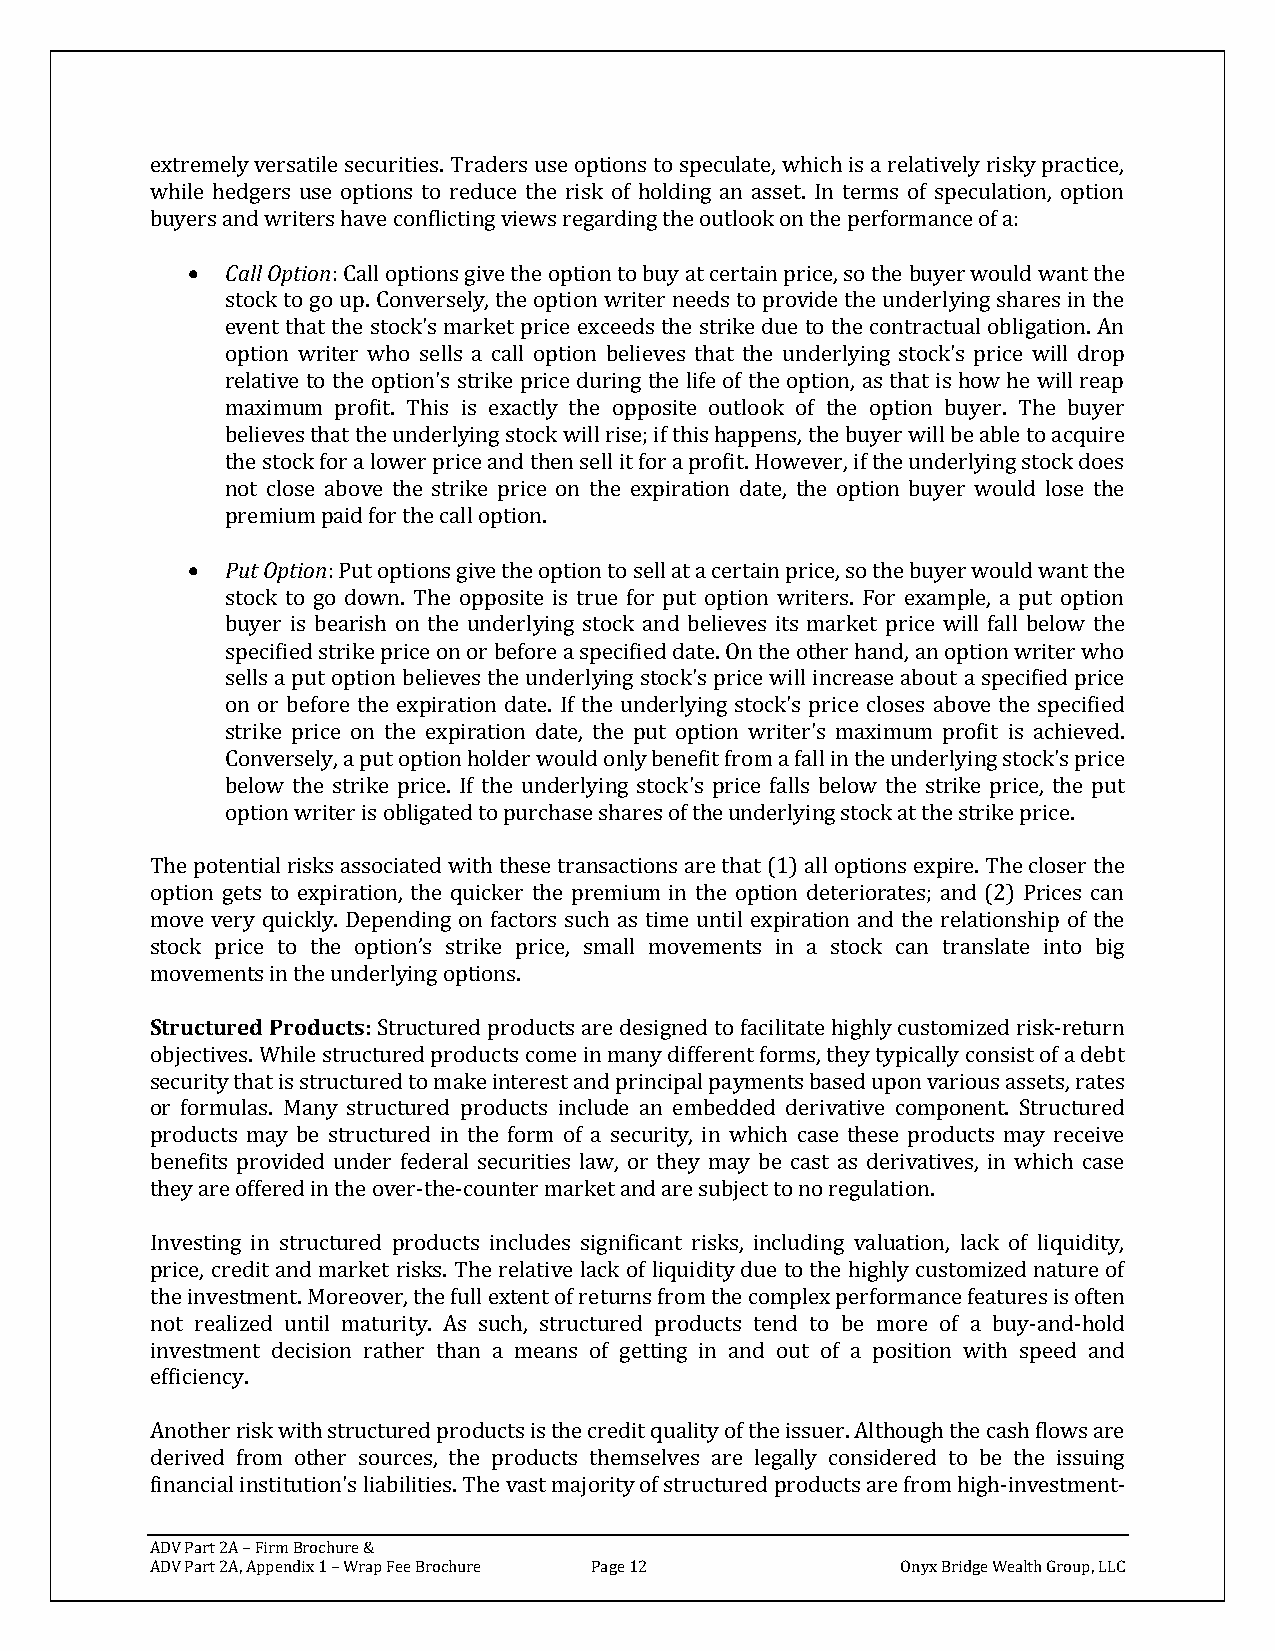
extremely versatile securities. Traders use options to speculate, which is a relatively risky practice,
 while hedgers use options to reduce the risk of holding an asset. In terms of speculation, option
 buyers and writers have conflicting views regarding the outlook on the performance of a:
 •  Call Option: Call options give the option to buy at certain price, so the buyer would want the
 stock to go up. Conversely, the option writer needs to provide the underlying shares in the
 event that the stock's market price exceeds the strike due to the contractual obligation. An
 option writer who sells a call option believes that the underlying stock's price will drop
 relative to the option's strike price during the life of the option, as that is how he will reap
 maximum profit. This is exactly the opposite outlook of the option buyer. The buyer
 believes that the underlying stock will rise; if this happens, the buyer will be able to acquire
 the stock for a lower price and then sell it for a profit. However, if the underlying stock does
 not close above the strike price on the expiration date, the option buyer would lose the
 premium paid for the call option.
 •  Put Option: Put options give the option to sell at a certain price, so the buyer would want the
 stock to go down. The opposite is true for put option writers. For example, a put option
 buyer is bearish on the underlying stock and believes its market price will fall below the
 specified strike price on or before a specified date. On the other hand, an option writer who
 sells a put option believes the underlying stock's price will increase about a specified price
 on or before the expiration date. If the underlying stock's price closes above the specified
 strike price on the expiration date, the put option writer's maximum profit is achieved.
 Conversely, a put option holder would only benefit from a fall in the underlying stock's price
 below the strike price. If the underlying stock's price falls below the strike price, the put
 option writer is obligated to purchase shares of the underlying stock at the strike price.
 The potential risks associated with these transactions are that (1) all options expire. The closer the
 option gets to expiration, the quicker the premium in the option deteriorates; and (2) Prices can
 move very quickly. Depending on factors such as time until expiration and the relationship of the
 stock price to the option’s strike price, small movements in a stock can translate into big
 movements in the underlying options.
 Structured Products: Structured products are designed to facilitate highly customized risk-return
 objectives. While structured products come in many different forms, they typically consist of a debt
 security that is structured to make interest and principal payments based upon various assets, rates
 or formulas. Many structured products include an embedded derivative component. Structured
 products may be structured in the form of a security, in which case these products may receive
 benefits provided under federal securities law, or they may be cast as derivatives, in which case
 they are offered in the over-the-counter market and are subject to no regulation.
 Investing in structured products includes significant risks, including valuation, lack of liquidity,
 price, credit and market risks. The relative lack of liquidity due to the highly customized nature of
 the investment. Moreover, the full extent of returns from the complex performance features is often
 not realized until maturity. As such, structured products tend to be more of a buy-and-hold
 investment decision rather than a means of getting in and out of a position with speed and
 efficiency.
 Another risk with structured products is the credit quality of the issuer. Although the cash flows are
 derived from other sources, the products themselves are legally considered to be the issuing
 financial institution's liabilities. The vast majority of structured products are from high-investment-
 ADV Part 2A – Firm Brochure &
 ADV Part 2A, Appendix 1 – Wrap Fee Brochure Page 12 Onyx Bridge Wealth Group, LLC